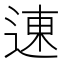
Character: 𬨮